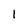
Character: l